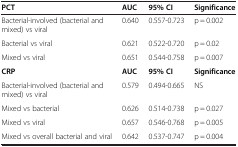
| PCT | AUC | 95% CI | Significance |
 | --- | --- | --- | --- |
 | Bacterial-involved (bacterial and mixed) vs viral | 0.640 | 0.557-0.723 | p = 0.002 |
 | Bacterial vs viral | 0.621 | 0.522-0.720 | p = 0.02 |
 | Mixed vs viral | 0.651 | 0.544-0.758 | p = 0.007 |
 | CRP | AUC | 95% CI | Significance |
 | Bacterial-involved (bacterial and mixed) vs viral | 0.579 | 0.494-0.665 | NS |
 | Mixed vs bacterial | 0.626 | 0.514-0.738 | p = 0.027 |
 | Mixed vs viral | 0.657 | 0.546-0.768 | p = 0.005 |
 | Mixed vs overall bacterial and viral | 0.642 | 0.537-0.747 | p = 0.004 |